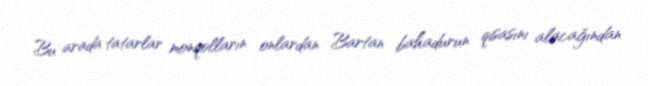
Bu arada tatarlar monqolların onlardan Bartan bahadurun qisasını alacağından